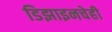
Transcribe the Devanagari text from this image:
डिझाइनचेही